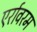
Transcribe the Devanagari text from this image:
एर्रावरम